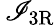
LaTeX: \, \mathscr{I}_{\mathrm{{{3R}}}}